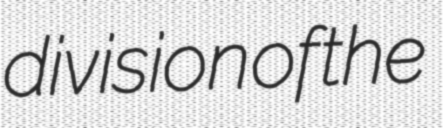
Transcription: division of the